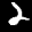
Label: 2